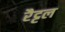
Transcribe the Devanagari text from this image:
रैट्टल